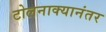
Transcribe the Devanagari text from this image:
टोलनाक्यानंतर